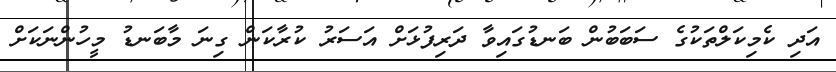
އަދި ކެމިކަލްތަކުގެ ސަބަބުން ބަނޑުގައިވާ ދަރިފުޅަށް އަސަރު ކުރާކަން ގިނަ މާބަނޑު މީހުންނަކަށް